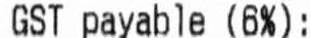
GST PAYABLE (6%):